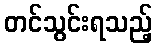
တင်သွင်းရသည့်